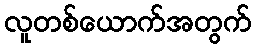
လူတစ်ယောက်အတွက်